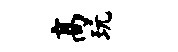
高玩